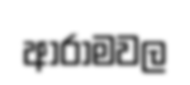
ආරාමවල